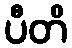
ပီတိ